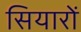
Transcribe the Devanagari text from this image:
सियारों